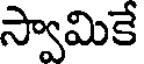
స్వామికే